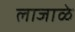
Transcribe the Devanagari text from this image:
लाजाळे